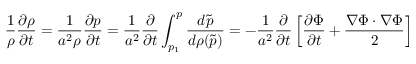
{ \frac { 1 } { \rho } } { \frac { \partial \rho } { \partial t } } = { \frac { 1 } { a ^ { 2 } \rho } } { \frac { \partial p } { \partial t } } = { \frac { 1 } { a ^ { 2 } } } { \frac { \partial } { \partial t } } \int _ { p _ { 1 } } ^ { p } { \frac { d { \tilde { p } } } { d \rho ( { \tilde { p } } ) } } = - { \frac { 1 } { a ^ { 2 } } } { \frac { \partial } { \partial t } } \left[ { \frac { \partial \Phi } { \partial t } } + { \frac { \nabla \Phi \cdot \nabla \Phi } { 2 } } \right]